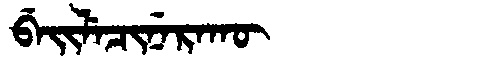
Manchu: ᠪᡝᡳᠯᡝᠴᡳᠨᡝᡵᠠᡴᡡ
Romanization: BEILECINERAKŪ